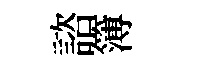
諮簿